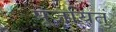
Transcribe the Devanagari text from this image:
पूजयितुं